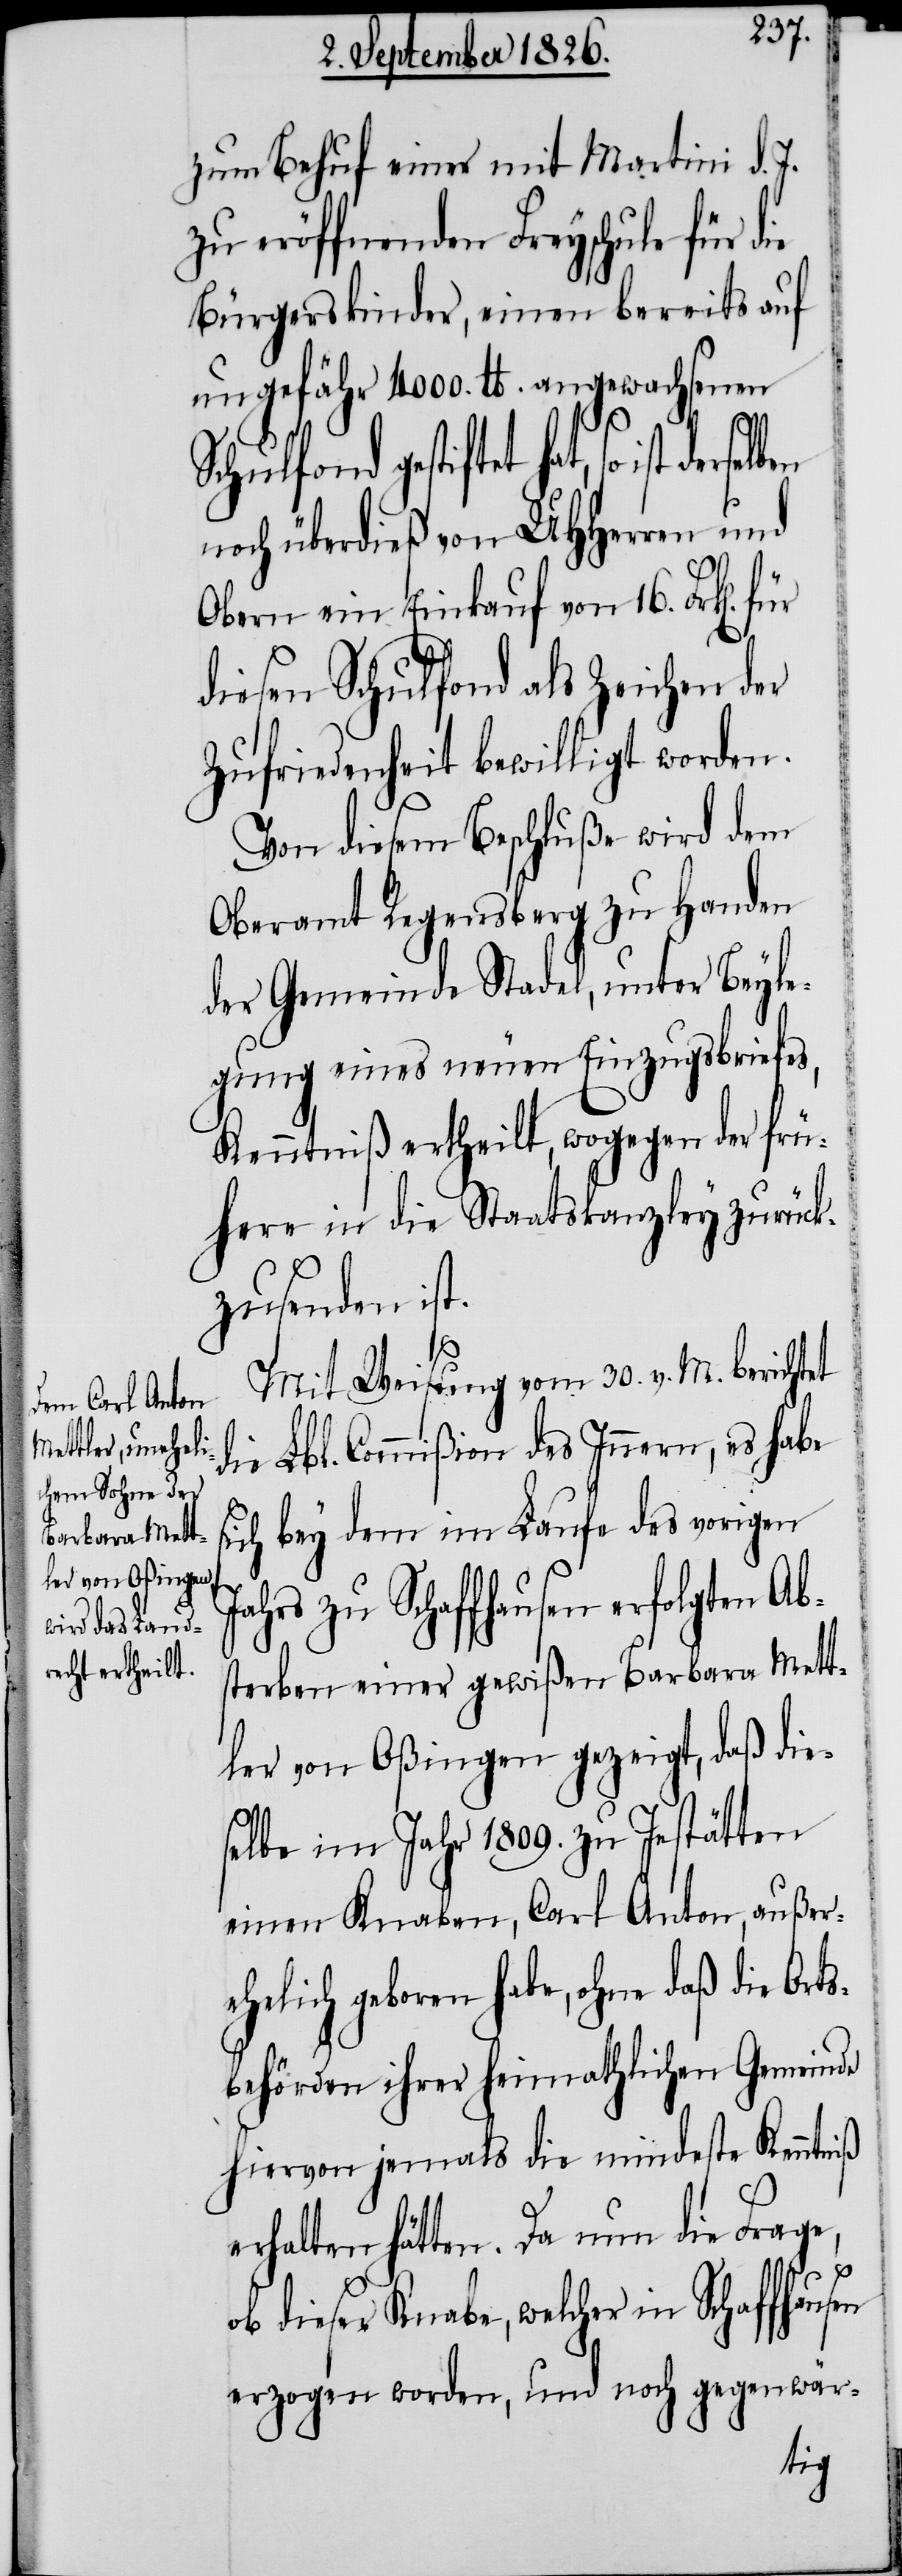
zum Behuf einer mit Martini d. J.
zu eröffnenden Freyschule für die
Bürgerskinder, einen bereits auf
ungefähr 4000. lb. angewachsenen
hat, so ist derselben
noch überdieß von MHHerren und
Obern ein Einkauf von 16. Frk[en].
diesen Schulfond als Zeichen der
Zufriedenheit bewilligt worden.
Von diesem Beschluße wird dem
Oberamt Regensberg zu Handen
der Gemeinde Stadel, unter Beyle¬
gung eines neuen Einzugsbriefes,
Kenntniß ertheilt, wogegen der frü¬
here in die Staatskanzley zurück¬
zusenden ist.
Mit Weisung vom 30. v. M. berichtet
die Lbl. Commißion des Innern, es habe
sich bey dem im Laufe des vorigen
Jahrs zu Schaffhausen erfolgten Ab¬
sterben einer gewißen Barbara Mett¬
ler von Oßingen gezeigt, daß die¬
selbe im Jahr 1809. zu Jestätten
einen Knaben, Carl Anton, außer¬
ehelich geboren habe, ohne daß die Ort¬
sbehörden ihrer heimathlichen Gemeinde
hiervon jemals die mindeste Kenntniß
erhalten hätten. Da nun die Frage,
ob dieser Knabe, welcher in Schaffhausen
erzogen worden, und noch gegenwär-